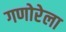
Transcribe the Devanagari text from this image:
गणोरेला